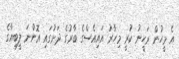
އެ މީހުން ރަހީނު ކުރީ މިހާރު އައިއެސްގެ ބާރުގެ ދަަށުގައި އޮންނަ ލީބިއާގެ